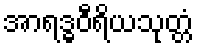
အာရဒ္ဓဝီရိယသုတ္တံ